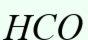
НСО